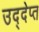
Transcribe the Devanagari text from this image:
उद्देप्त